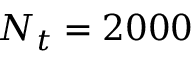
N _ { t } = 2 0 0 0